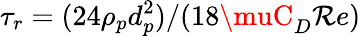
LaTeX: \tau_{r}=(24\rho_{p}d_{p}^{2})/(18\muC_{D}\mathcal{R}e)